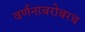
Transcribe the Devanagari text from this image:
वर्णनाबरोबरच